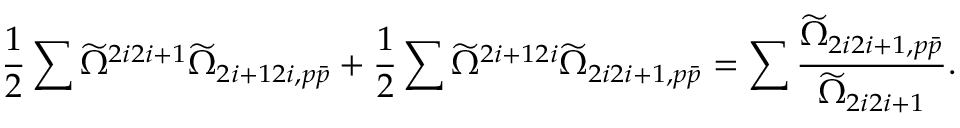
\frac { 1 } { 2 } \sum \widetilde { \Omega } ^ { 2 i 2 i + 1 } \widetilde { \Omega } _ { 2 i + 1 2 i , p \bar { p } } + \frac { 1 } { 2 } \sum \widetilde { \Omega } ^ { 2 i + 1 2 i } \widetilde { \Omega } _ { 2 i 2 i + 1 , p \bar { p } } = \sum \frac { \widetilde { \Omega } _ { 2 i 2 i + 1 , p \bar { p } } } { \widetilde { \Omega } _ { 2 i 2 i + 1 } } .